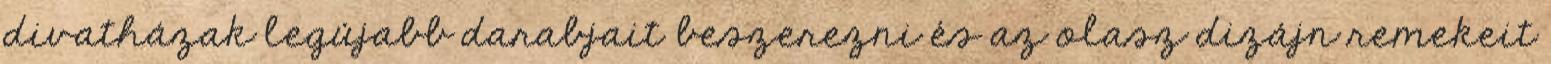
divatházak legújabb darabjait beszerezni és az olasz dizájn remekeit